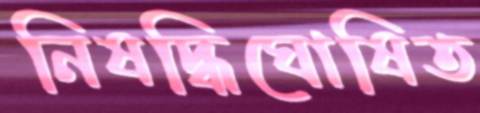
নিষদ্ধিঘোষিত